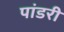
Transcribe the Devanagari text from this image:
पांडरी